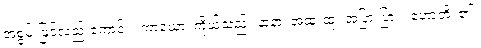
အစွမ်းဖြင့်လည်းကောင်း။ ကာယော၊ ကိုယ်သည်။ နာနာ၊ အထူးထူး အပြားပြား။ ဟောတိ၊ ၏။